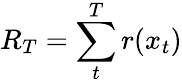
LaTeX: R_{T}=\sum_{t}^{T}r(x_{t})